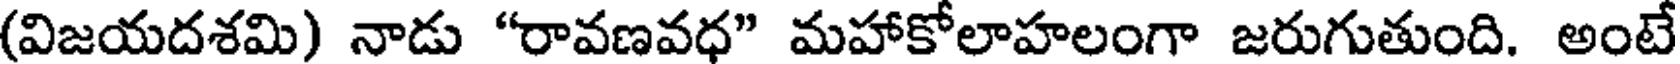
(విజయదశమి) నాడు "రావణవధ" మహాకోలాహలంగా జరుగుతుంది. అంటే